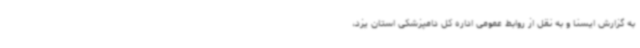
به گزارش ایسنا و به نقل از روابط عمومی اداره کل دامپزشکی استان یزد،